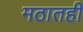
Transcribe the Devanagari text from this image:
मठातही